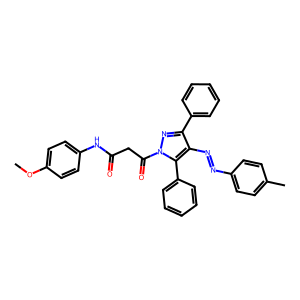
SMILES: COc1ccc(NC(=O)CC(=O)n2nc(-c3ccccc3)c(N=Nc3ccc(C)cc3)c2-c2ccccc2)cc1
Inhibits HIV replication: No